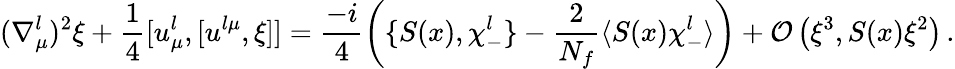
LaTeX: (\nabla_{\mu}^{l})^{2}\xi+\frac{1}{4}[u_{\mu}^{l},[u^{l\mu},\xi]]=\frac{-i}{4}\left(\{ S(x),\chi_{-}^{l}\} -\frac{2}{N_{f}}\langle S(x)\chi_{-}^{l}\rangle\right)+{\cal O}\left(\xi^{3},S(x)\xi^{2}\right)\, .